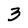
Character: 3